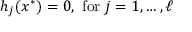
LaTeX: h _ { j } ( x ^ { * } ) = 0 , { \mathrm { ~ f o r ~ } } j = 1 , \ldots , \ell \,